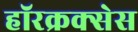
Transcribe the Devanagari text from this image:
हॉरक्रक्सेस